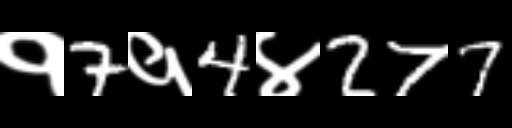
Text: १7१4४277